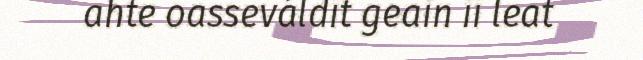
ahte oasseváldit geain ii leat